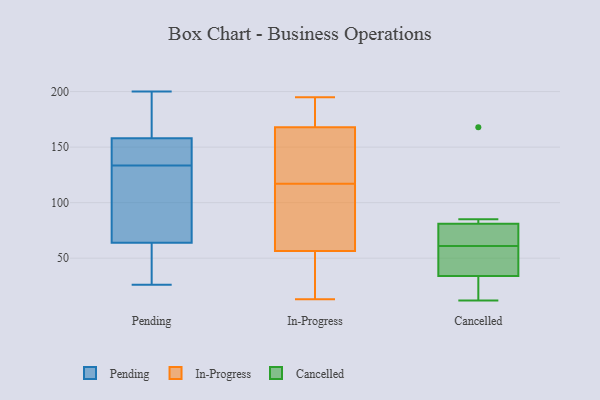
{"axis": {"x": "Market Share (%)", "y": "Value"}, "legend": ["Cancelled", "In-Progress", "Pending"], "data": [{"x": "", "y": 200, "type": "Pending"}, {"x": "", "y": 200, "type": "Pending"}, {"x": "", "y": 148, "type": "Pending"}, {"x": "", "y": 115, "type": "Pending"}, {"x": "", "y": 64, "type": "Pending"}, {"x": "", "y": 50, "type": "Pending"}, {"x": "", "y": 26, "type": "Pending"}, {"x": "", "y": 146, "type": "Pending"}, {"x": "", "y": 196, "type": "Pending"}, {"x": "", "y": 153, "type": "Pending"}, {"x": "", "y": 121, "type": "Pending"}, {"x": "", "y": 90, "type": "Pending"}, {"x": "", "y": 158, "type": "Pending"}, {"x": "", "y": 46, "type": "Pending"}, {"x": "", "y": 13, "type": "In-Progress"}, {"x": "", "y": 57, "type": "In-Progress"}, {"x": "", "y": 167, "type": "In-Progress"}, {"x": "", "y": 187, "type": "In-Progress"}, {"x": "", "y": 83, "type": "In-Progress"}, {"x": "", "y": 55, "type": "In-Progress"}, {"x": "", "y": 63, "type": "In-Progress"}, {"x": "", "y": 35, "type": "In-Progress"}, {"x": "", "y": 119, "type": "In-Progress"}, {"x": "", "y": 115, "type": "In-Progress"}, {"x": "", "y": 54, "type": "In-Progress"}, {"x": "", "y": 136, "type": "In-Progress"}, {"x": "", "y": 56, "type": "In-Progress"}, {"x": "", "y": 164, "type": "In-Progress"}, {"x": "", "y": 104, "type": "In-Progress"}, {"x": "", "y": 180, "type": "In-Progress"}, {"x": "", "y": 143, "type": "In-Progress"}, {"x": "", "y": 169, "type": "In-Progress"}, {"x": "", "y": 185, "type": "In-Progress"}, {"x": "", "y": 195, "type": "In-Progress"}, {"x": "", "y": 29, "type": "Cancelled"}, {"x": "", "y": 32, "type": "Cancelled"}, {"x": "", "y": 79, "type": "Cancelled"}, {"x": "", "y": 12, "type": "Cancelled"}, {"x": "", "y": 168, "type": "Cancelled"}, {"x": "", "y": 37, "type": "Cancelled"}, {"x": "", "y": 36, "type": "Cancelled"}, {"x": "", "y": 71, "type": "Cancelled"}, {"x": "", "y": 79, "type": "Cancelled"}, {"x": "", "y": 51, "type": "Cancelled"}, {"x": "", "y": 83, "type": "Cancelled"}, {"x": "", "y": 85, "type": "Cancelled"}]}